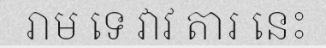
រាម ទេ វាវ តារ នេះ